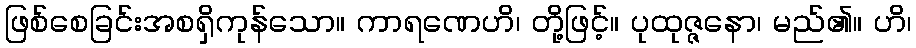
ဖြစ်စေခြင်းအစရှိကုန်သော။ ကာရဏေဟိ၊ တို့ဖြင့်။ ပုထုဇ္ဇနော၊ မည်၏။ ဟိ၊